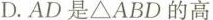
D.AD是△ABD的高